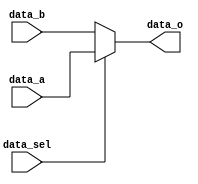
`timescale 1ns / 1ps
//////////////////////////////////////////////////////////////////////////////////
// Company: 
// Engineer: 
// 
// Design Name: 
// Module Name: Mux2To1
// Project Name: 
// Target Devices: 
// Tool Versions: 
// Description: 
// 
// Dependencies: 
// 
// Revision:
// Revision 0.01 - File Created
// Additional Comments:
// 
//////////////////////////////////////////////////////////////////////////////////


module Mux2To1#(
    parameter   WIDTH = 16
)
(
 input  data_sel,
 input  [WIDTH-1:0] data_a,
 input  [WIDTH-1:0] data_b,
 output [WIDTH-1:0] data_o
);

assign data_o = data_sel ? data_a : data_b;
endmodule